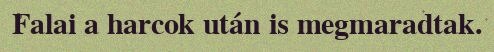
Falai a harcok után is megmaradtak.